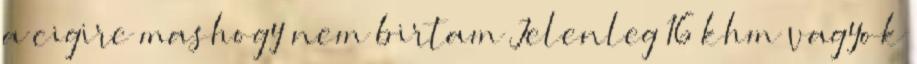
a cigire mashogy nem birtam Jelenleg 16 khm vagyok